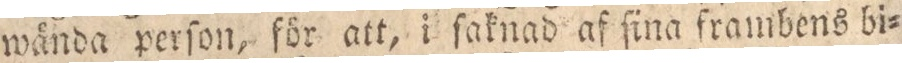
wända perſon, för att, i ſaknad af ſina frambens bi=